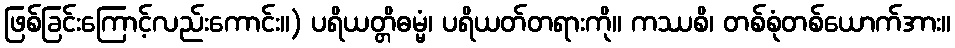
ဖြစ်ခြင်းကြောင့်လည်းကောင်း။) ပရိယတ္တိဓမ္မံ၊ ပရိယတ်တရားကို။ ကဿစိ၊ တစ်စုံတစ်ယောက်အား။